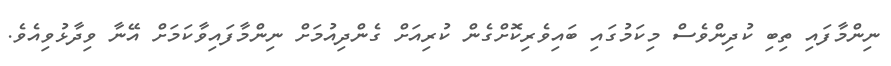
ނިންމާފައި ތިބި ކުދިންވެސް މިކަމުގައި ބައިވެރިކޮށްގެން ކުރިއަށް ގެންދިއުމަށް ނިންމާފައިވާކަމަށް އޭނާ ވިދާޅުވިއެވެ.